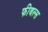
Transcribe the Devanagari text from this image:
फीबल्स